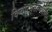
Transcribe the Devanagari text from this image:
विचारवंतांमधील